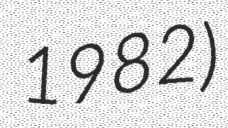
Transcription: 1982)